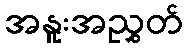
အနူးအညွှတ်